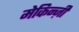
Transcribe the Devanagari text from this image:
मेकिन्ज़ी